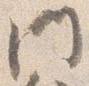
門